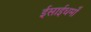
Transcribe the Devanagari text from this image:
ईसाईधर्मों